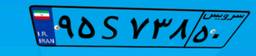
۳۹S۱۱۹۰۷